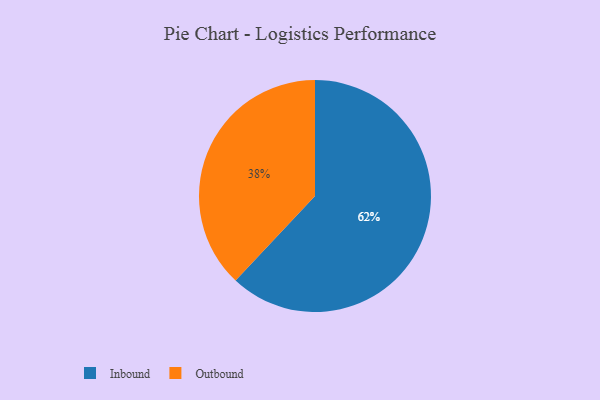
{"axis": {"x": "Category", "y": "Percentage"}, "legend": ["Inbound", "Outbound"], "data": [{"x": "Inbound", "y": 62, "type": "Inbound"}, {"x": "Outbound", "y": 38, "type": "Outbound"}]}